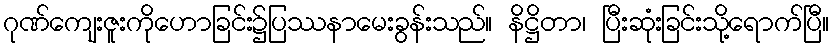
ဂုဏ်ကျေးဇူးကိုဟောခြင်း၌ပြဿနာမေးခွန်းသည်။ နိဋ္ဌိတာ၊ ပြီးဆုံးခြင်းသို့ရောက်ပြီ။